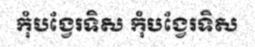
កុំបង្វែរទិស កុំបង្វែរទិស